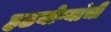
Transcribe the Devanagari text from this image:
हठयोग्यांची